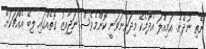
ނެތި ނުދޭނެ. އަމިއްލަ އެދުމެކޭ މިދަންނަވަނީ ކޮންމެވެސް ނަޖާއިޒު ގޮތެއްގައި ލިބޭ އެއްޗަކަށް